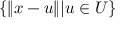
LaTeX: \{ \| x - u \| | u \in U \}